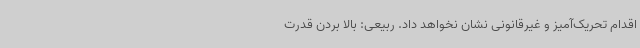
اقدام تحریک‌آمیز و غیرقانونی نشان نخواهد داد. ربیعی: بالا بردن قدرت